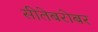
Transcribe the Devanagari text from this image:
सीतेबरोबर